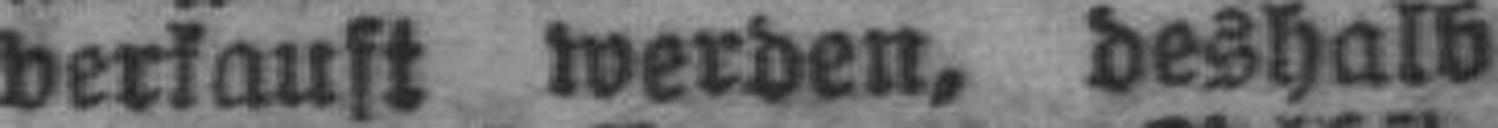
verkauft werden, deshalb